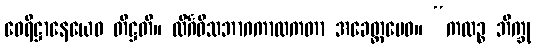
ဝေရိဋ္ဌာနေယေဝ တိဋ္ဌတိ။ လိင်္ဂဝိသဘာဂကာလကတာ အခေတ္တမေဝ။ “ကထဉ္စ ဘိက္ခု